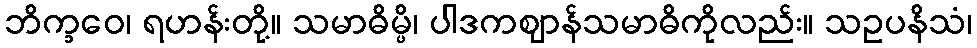
ဘိက္ခဝေ၊ ရဟန်းတို့။ သမာဓိမ္ပိ၊ ပါဒကဈာန်သမာဓိကိုလည်း။ သဥပနိသံ၊